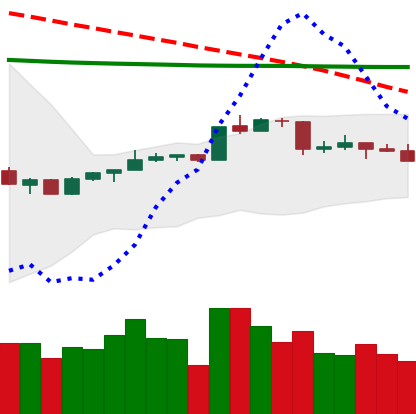
Ticker: ADA-USD
Chart end date: 2020-04-15
Forward return: 7.262%
Label: up_7plus